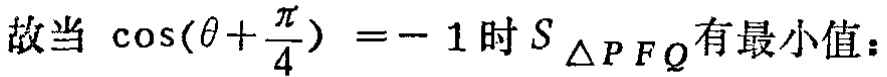
故当 $\cos(\theta+\frac{\pi}{4}) = - 1$ 时 $S_{\triangle PFQ}$有最小值：